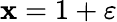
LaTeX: \mathbf{x}=1+\varepsilon